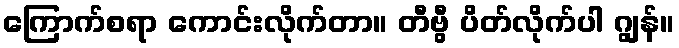
ကြောက်စရာ ကောင်းလိုက်တာ။ တီဗွီ ပိတ်လိုက်ပါ ဂျွန်။